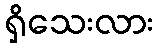
ရှိသေးလား